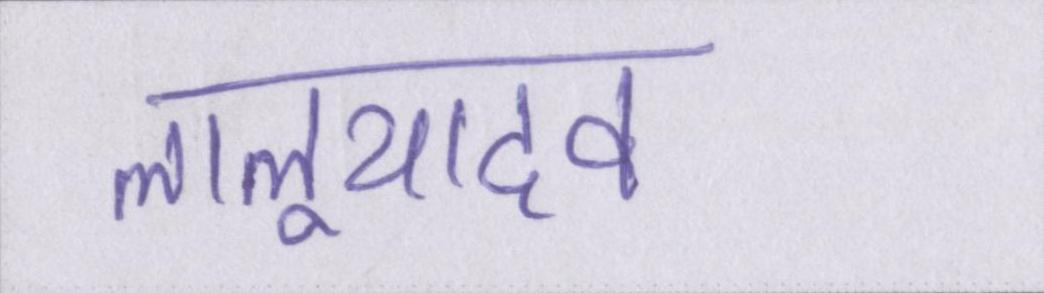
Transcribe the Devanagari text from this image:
लालूयादव